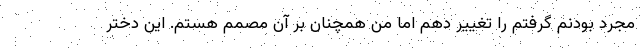
مجرد بودنم گرفتم را تغییر دهم اما من همچنان بر آن مصمم هستم. این دختر